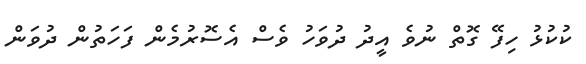
ކުކުޅު ހިފޭ ގޮތް ނުވެ އީދު ދުވަހު ވެސް އެސޮރުމެން ފަހަތުން ދުވަން